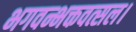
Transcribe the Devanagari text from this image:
भगवन्भक्तवत्सल।